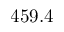
4 5 9 . 4